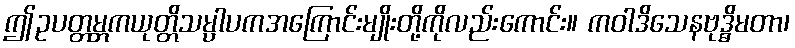
ဤဥပတ္တမ္ဘကယုတ္တိသမ္ပါပကအကြောင်းမျိုးတို့ကိုလည်းကောင်း။ ကဝါဒိသေနဗုဒ္ဓိမတာ၊